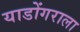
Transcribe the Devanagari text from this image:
याडोंगराला